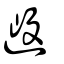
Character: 𨖏